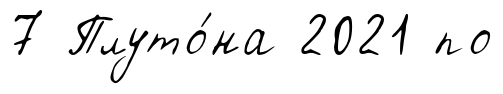
7 Плуто́на 2021 по